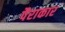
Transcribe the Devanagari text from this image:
पैराकार